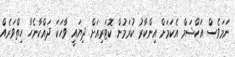
ނަމަވެސް އަކްޝަމް އެކަމަށް އިންކާރު ކުރަމުން ކޮޓަރިއަށް ދިޔައީ ވާހަކަ ދައްކާނެހާ ހިތްވަރެއް